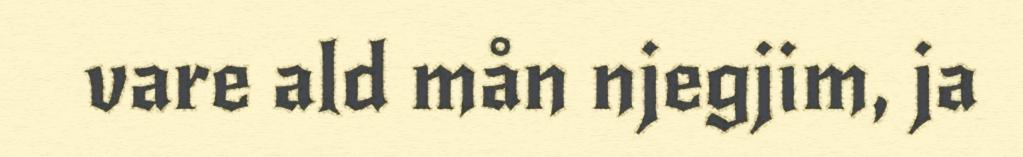
vare ald mån njegjim, ja